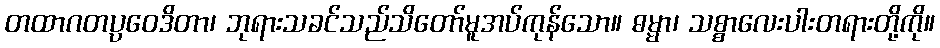
တထာဂတပ္ပဝေဒိတာ၊ ဘုရားသခင်သည်သိတော်မူအပ်ကုန်သော။ ဓမ္မာ၊ သစ္စာလေးပါးတရားတို့ကို။